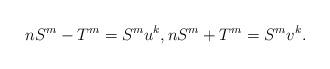
LaTeX: \begin{align*}nS^{m}-T^{m}=S^{m}u^{k},nS^{m}+T^{m}=S^{m}v^{k}.\end{align*}